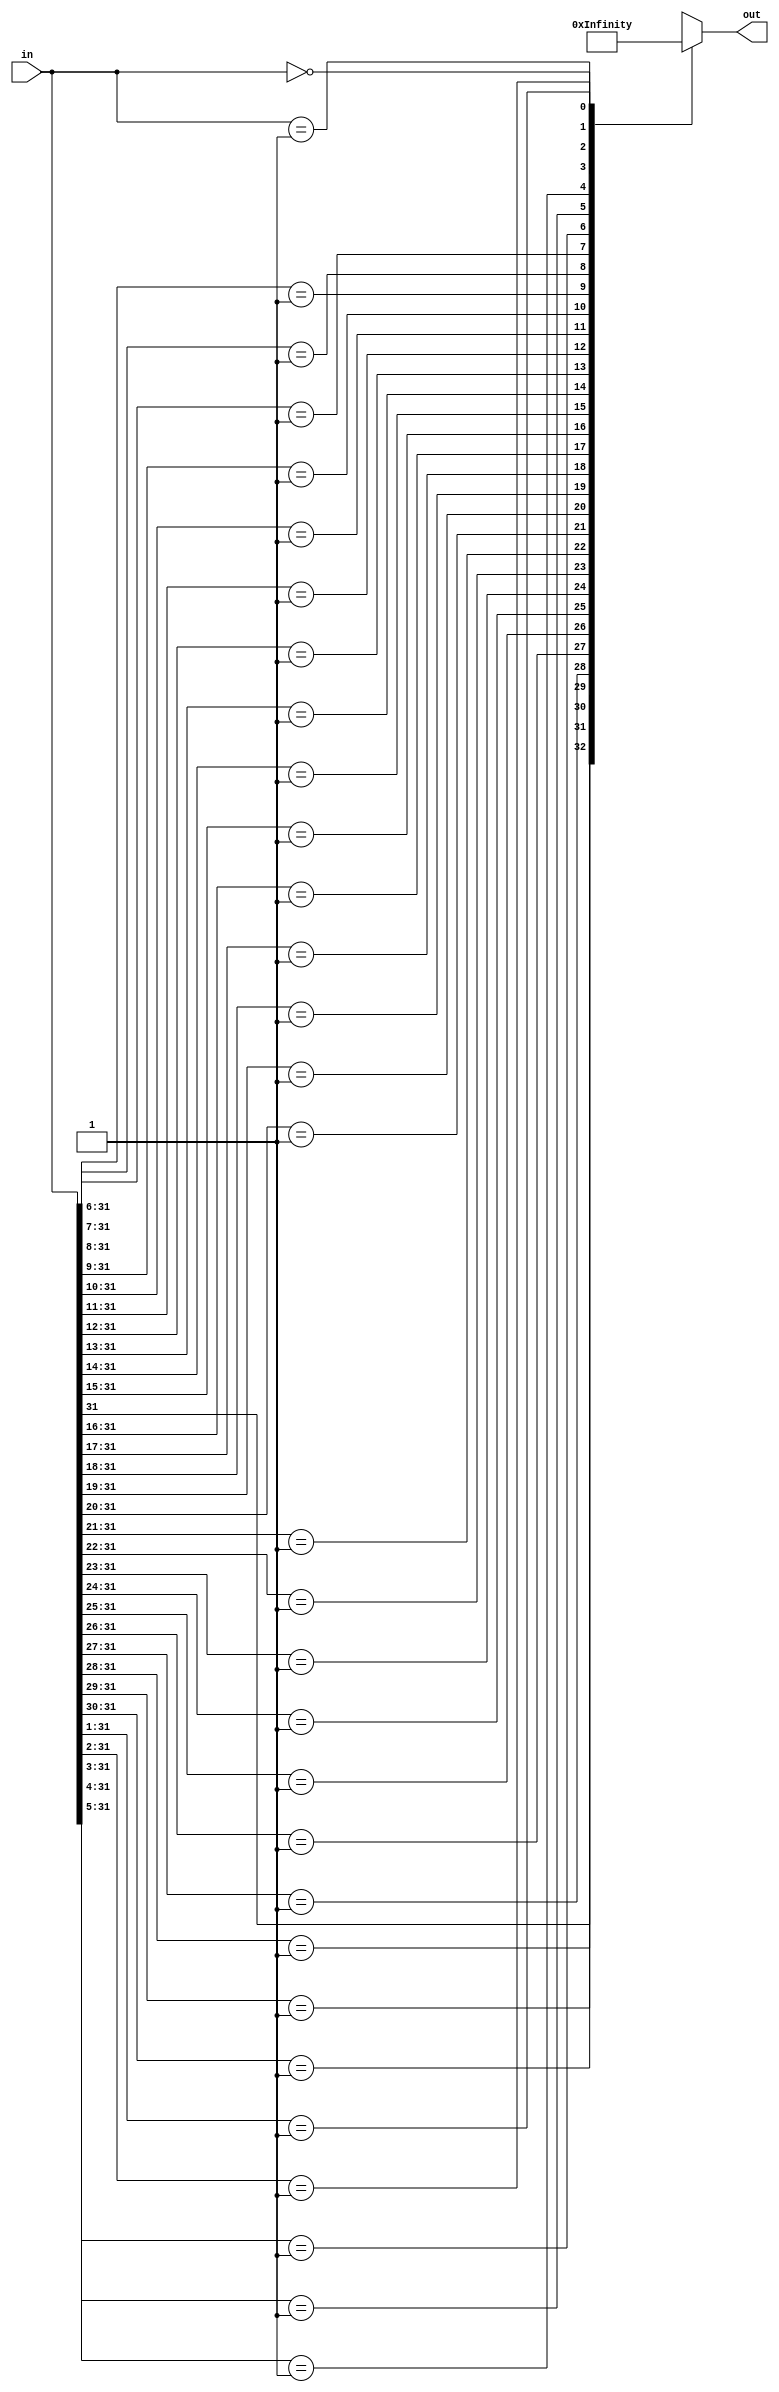

module priority_enc
  (input [31:0] in,
   output reg [31:0] out);

   always @*
     casex(in)
       32'b1xxx_xxxx_xxxx_xxxx_xxxx_xxxx_xxxx_xxxx : out <= 31;
       32'b01xx_xxxx_xxxx_xxxx_xxxx_xxxx_xxxx_xxxx : out <= 30;
       32'b001x_xxxx_xxxx_xxxx_xxxx_xxxx_xxxx_xxxx : out <= 29;
       32'b0001_xxxx_xxxx_xxxx_xxxx_xxxx_xxxx_xxxx : out <= 28;
       32'b0000_1xxx_xxxx_xxxx_xxxx_xxxx_xxxx_xxxx : out <= 27;
       32'b0000_01xx_xxxx_xxxx_xxxx_xxxx_xxxx_xxxx : out <= 26;
       32'b0000_001x_xxxx_xxxx_xxxx_xxxx_xxxx_xxxx : out <= 25;
       32'b0000_0001_xxxx_xxxx_xxxx_xxxx_xxxx_xxxx : out <= 24;
       32'b0000_0000_1xxx_xxxx_xxxx_xxxx_xxxx_xxxx : out <= 23;
       32'b0000_0000_01xx_xxxx_xxxx_xxxx_xxxx_xxxx : out <= 22;
       32'b0000_0000_001x_xxxx_xxxx_xxxx_xxxx_xxxx : out <= 21;
       32'b0000_0000_0001_xxxx_xxxx_xxxx_xxxx_xxxx : out <= 20;
       32'b0000_0000_0000_1xxx_xxxx_xxxx_xxxx_xxxx : out <= 19;
       32'b0000_0000_0000_01xx_xxxx_xxxx_xxxx_xxxx : out <= 18;
       32'b0000_0000_0000_001x_xxxx_xxxx_xxxx_xxxx : out <= 17;
       32'b0000_0000_0000_0001_xxxx_xxxx_xxxx_xxxx : out <= 16;
       32'b0000_0000_0000_0000_1xxx_xxxx_xxxx_xxxx : out <= 15;
       32'b0000_0000_0000_0000_01xx_xxxx_xxxx_xxxx : out <= 14;
       32'b0000_0000_0000_0000_001x_xxxx_xxxx_xxxx : out <= 13;
       32'b0000_0000_0000_0000_0001_xxxx_xxxx_xxxx : out <= 12;
       32'b0000_0000_0000_0000_0000_1xxx_xxxx_xxxx : out <= 11;
       32'b0000_0000_0000_0000_0000_01xx_xxxx_xxxx : out <= 10;
       32'b0000_0000_0000_0000_0000_001x_xxxx_xxxx : out <=  9;
       32'b0000_0000_0000_0000_0000_0001_xxxx_xxxx : out <=  8;
       32'b0000_0000_0000_0000_0000_0000_1xxx_xxxx : out <=  7;
       32'b0000_0000_0000_0000_0000_0000_01xx_xxxx : out <=  6;
       32'b0000_0000_0000_0000_0000_0000_001x_xxxx : out <=  5;
       32'b0000_0000_0000_0000_0000_0000_0001_xxxx : out <=  4;
       32'b0000_0000_0000_0000_0000_0000_0000_1xxx : out <=  3;
       32'b0000_0000_0000_0000_0000_0000_0000_01xx : out <=  2;
       32'b0000_0000_0000_0000_0000_0000_0000_001x : out <=  1;
       32'b0000_0000_0000_0000_0000_0000_0000_0001 : out <=  0;
       32'b0000_0000_0000_0000_0000_0000_0000_0000 : out <= 32'hFFFF_FFFF;
       default : out <= 32'hFFFF_FFFF;
     endcase // casex (in)
   
endmodule // priority_enc